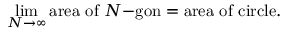
\operatorname* { l i m } _ { N \to \infty } { \mathrm { a r e a ~ o f ~ } } N { \mathrm { - g o n } } = { \mathrm { a r e a ~ o f ~ c i r c l e } } .